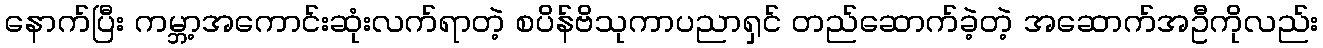
နောက်ပြီး ကမ္ဘာ့အကောင်းဆုံးလက်ရာတဲ့ စပိန်ဗိသုကာပညာရှင် တည်ဆောက်ခဲ့တဲ့ အဆောက်အဦကိုလည်း